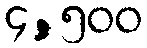
၄,၅၀၀